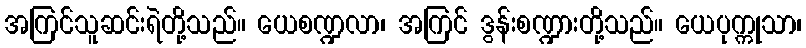
အကြင်သူဆင်းရဲတို့သည်။ ယေစဏ္ဍလာ၊ အကြင် ဒွန်းစဏ္ဍားတို့သည်။ ယေပုက္ကုသာ၊